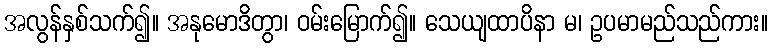
အလွန်နှစ်သက်၍။ အနုမောဒိတွာ၊ ဝမ်းမြောက်၍။ သေယျထာပိနာ မ၊ ဥပမာမည်သည်ကား။